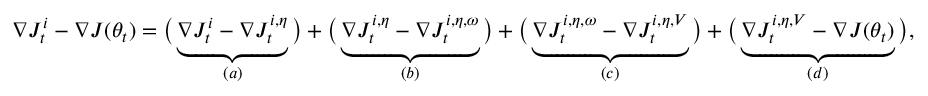
\begin{array} { r } { \nabla J _ { t } ^ { i } - \nabla J ( \theta _ { t } ) = \big ( \underbrace { \nabla J _ { t } ^ { i } - \nabla J _ { t } ^ { i , \eta } } _ { ( a ) } \big ) + \big ( \underbrace { \nabla J _ { t } ^ { i , \eta } - \nabla J _ { t } ^ { i , \eta , \omega } } _ { ( b ) } \big ) + \big ( \underbrace { \nabla J _ { t } ^ { i , \eta , \omega } - \nabla J _ { t } ^ { i , \eta , V } } _ { ( c ) } \big ) + \big ( \underbrace { \nabla J _ { t } ^ { i , \eta , V } - \nabla J ( \theta _ { t } ) } _ { ( d ) } \big ) , } \end{array}